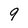
Character: 9